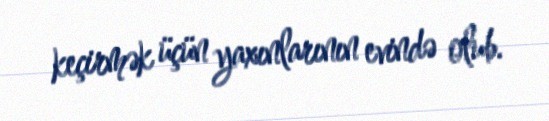
keçirmək üçün yaxınlarının evində olub.